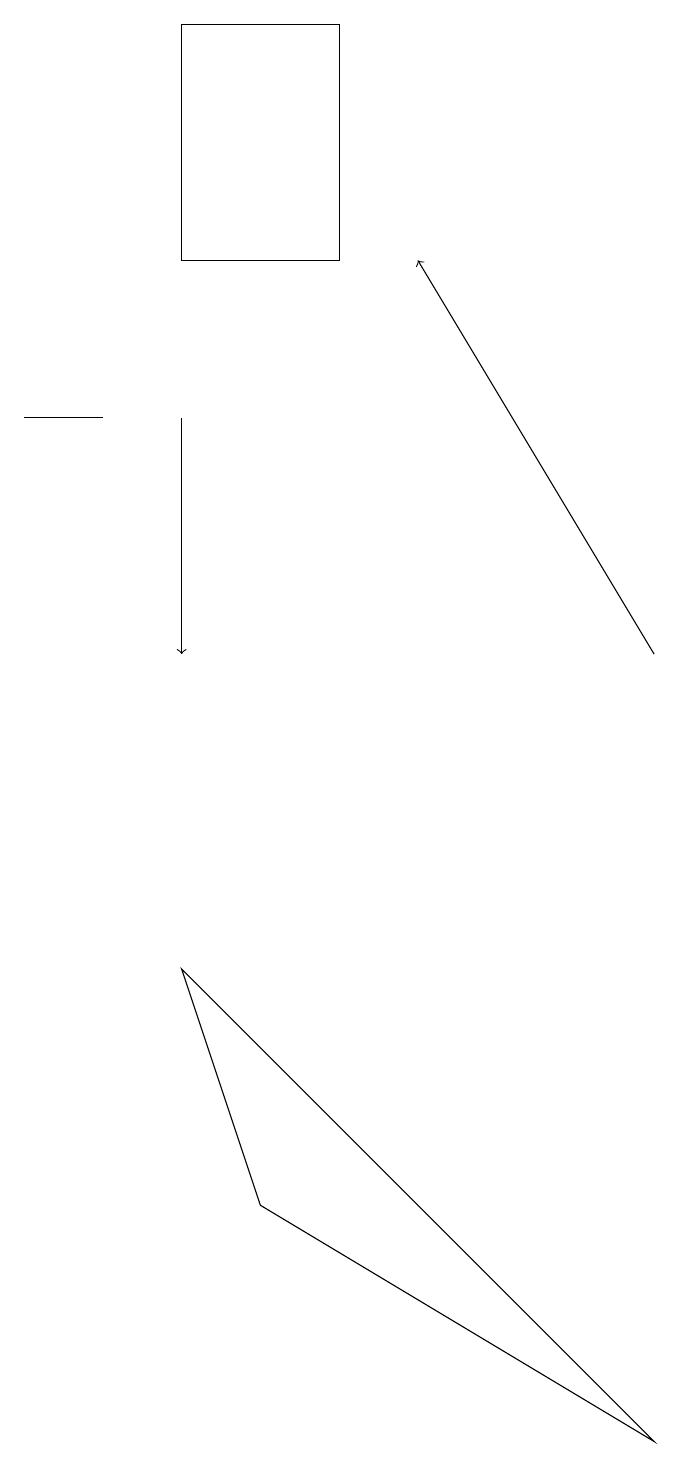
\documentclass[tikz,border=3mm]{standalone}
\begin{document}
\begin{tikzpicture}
\draw (3,3) -- (2,6) -- (8,0) -- cycle;
\draw (1,13) rectangle (0,13);
\draw (4,15) rectangle (2,18);
\draw[->] (2,13) -- (2,10);
\draw[->] (8,10) -- (5,15);
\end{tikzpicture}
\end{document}